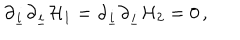
\partial _ { \underline { { { i } } } } \partial _ { \underline { { { i } } } } { \cal H } _ { 1 } = \partial _ { \underline { { { i } } } } \partial _ { \underline { { { i } } } } { \cal H } _ { 2 } = 0 \, ,